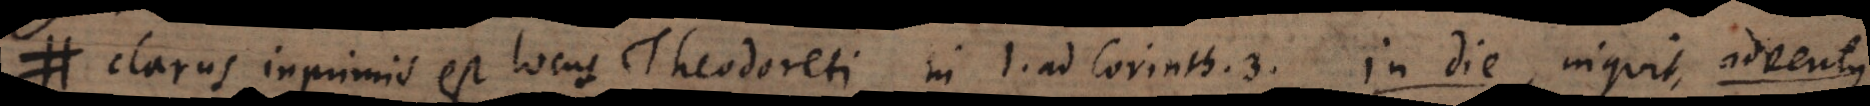
Clarus inprimis est locus Theodoreti in I. ad Corinth. 3: in die, inquit, adventus